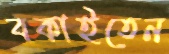
বকাইতেন